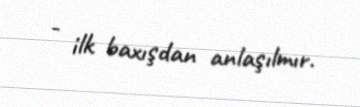
- ilk baxışdan anlaşılmır.